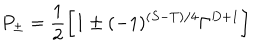
P _ { \pm } = \frac { 1 } { 2 } \biggl [ 1 \pm ( - 1 ) ^ { ( S - T ) / 4 } \Gamma ^ { D + 1 } \biggr ]